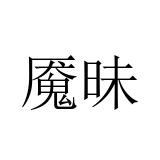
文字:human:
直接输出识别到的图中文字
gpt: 魇昧